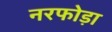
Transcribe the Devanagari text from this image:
नरफोड़ा